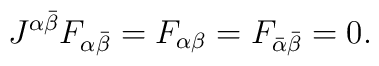
J^{\alpha\bar \beta}F_{\alpha\bar \beta}      = F_{\alpha\beta} = F_{\bar \alpha \bar \beta} = 0 .